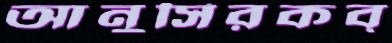
আনুসিরকব্